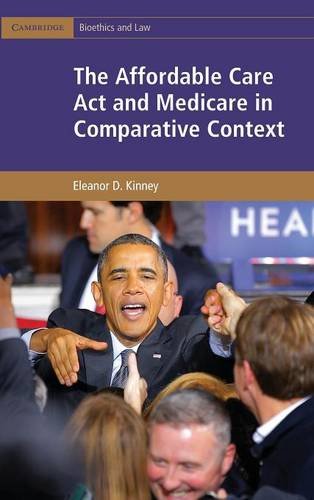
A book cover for The Affordable Care Act and Medicare in Comparative Context (Cambridge Bioethics and Law); Eleanor D. Kinney; Business & Money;